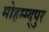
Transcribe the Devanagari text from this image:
मोहम्म्द्पुर